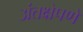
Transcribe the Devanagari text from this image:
अंतक्षेपणे